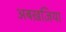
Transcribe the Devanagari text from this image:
अबख़ज़िया